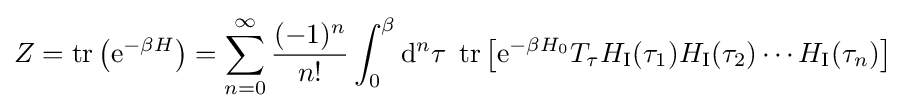
Z=\operatorname {tr} \left(\mathrm {e} ^{-\beta H}\right)=\sum _{n=0}^{\infty }{\frac {(-1)^{n}}{n!}}\int _{0}^{\beta }\mathrm {d} ^{n}\tau \;\operatorname {tr} \left[\mathrm {e} ^{-\beta H_{0}}T_{\tau }H_{\mathrm {I} }(\tau _{1})H_{\mathrm {I} }(\tau _{2})\cdots H_{\mathrm {I} }(\tau _{n})\right]